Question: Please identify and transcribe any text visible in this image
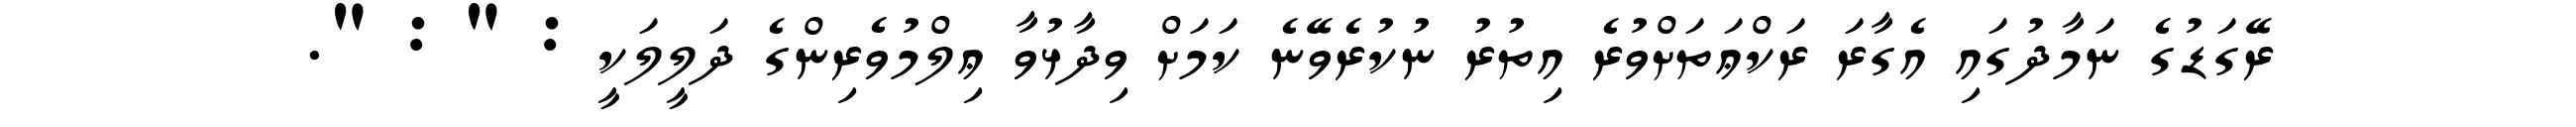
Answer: ރޭގަޑުގެ ނަމާދުގައި އެގާރަ ރަކްޢަތަށްވުރެ އިތުރު ނުކުރެވޭނެ ކަމަށް ވިދާޅުވާ ޢިލްމުވެރިންގެ ދަލީލަކީ : " : ".